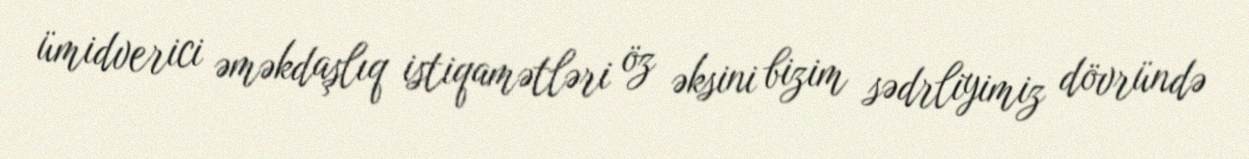
ümidverici əməkdaşlıq istiqamətləri öz əksini bizim sədrliyimiz dövründə